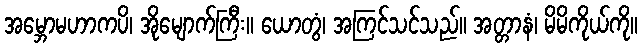
အမ္ဘောမဟာကပိ၊ အိုမျောက်ကြီး။ ယောတွံ၊ အကြင်သင်သည်။ အတ္တာနံ၊ မိမိကိုယ်ကို။